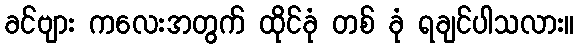
ခင်ဗျား ကလေးအတွက် ထိုင်ခုံ တစ် ခုံ ရချင်ပါသလား။